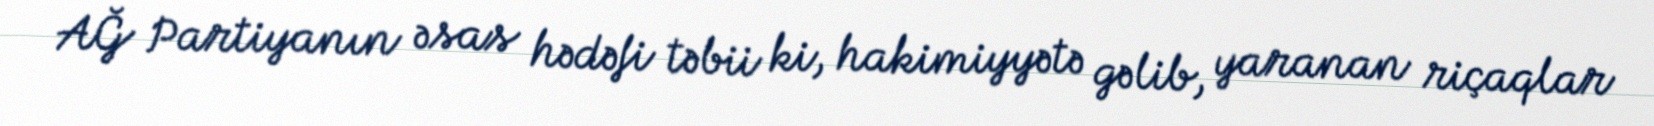
AĞ Partiyanın əsas hədəfi təbii ki, hakimiyyətə gəlib, yaranan riçaqlar